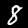
Digit: 8